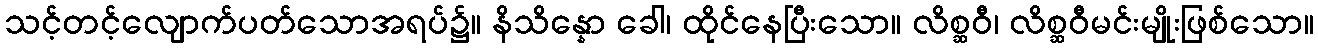
သင့်တင့်လျောက်ပတ်သောအရပ်၌။ နိသိန္နော ခေါ၊ ထိုင်နေပြီးသော။ လိစ္ဆဝီ၊ လိစ္ဆဝီမင်းမျိုးဖြစ်သော။